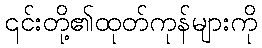
၎င်းတို့၏ထုတ်ကုန်များကို